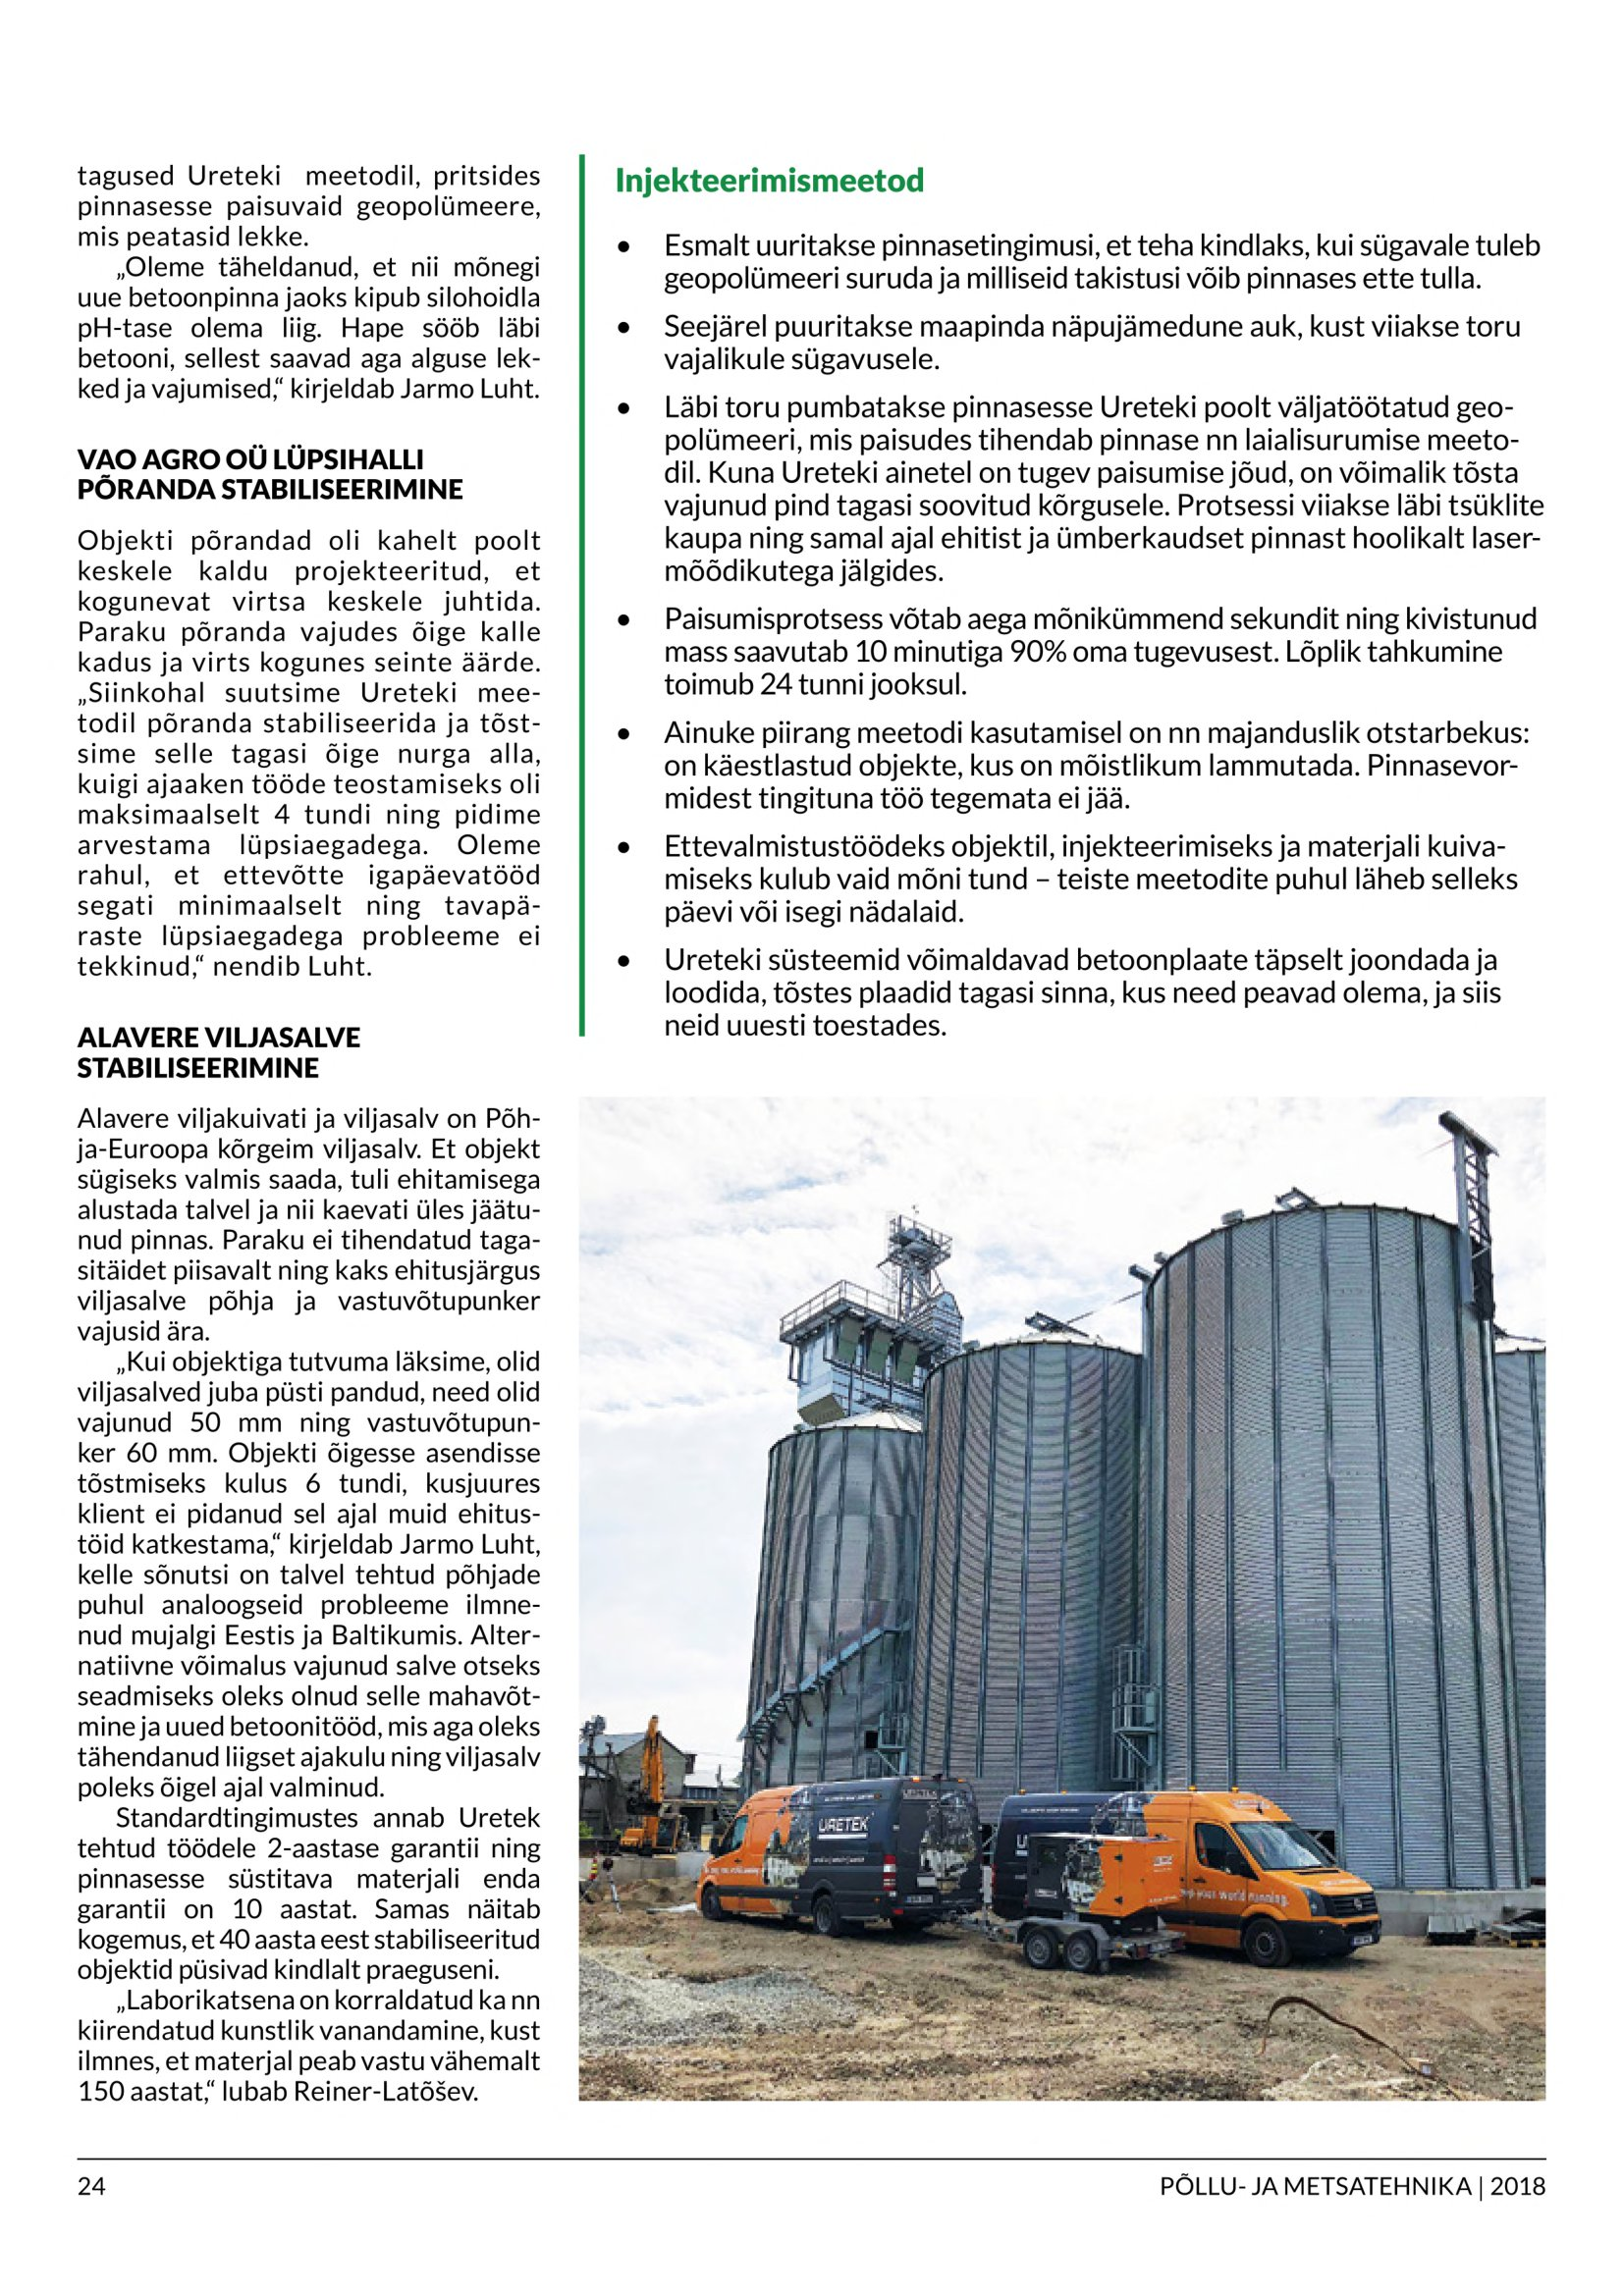
Language: et